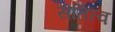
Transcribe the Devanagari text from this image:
सतित्व